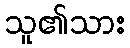
သူ၏သား